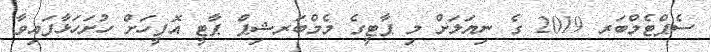
ސެޕްޓެމްބަރ 2019 ގެ ނިޔަލަށް މި ޕާޓީގެ މެމްބަރޝިޕް ޕާޓީ އޮފީހަށް ހުށަހަޅާފައިވާ